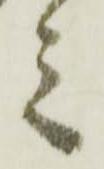
言